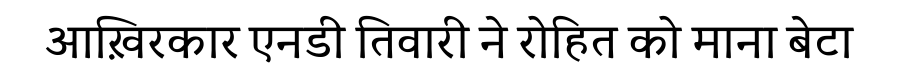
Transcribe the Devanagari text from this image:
आख़िरकार एनडी तिवारी ने रोहित को माना बेटा